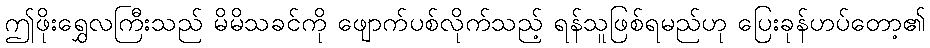
ဤဖိုးရွှေလကြီးသည် မိမိသခင်ကို ဖျောက်ပစ်လိုက်သည့် ရန်သူဖြစ်ရမည်ဟု ပြေးခုန်ဟပ်တော့၏